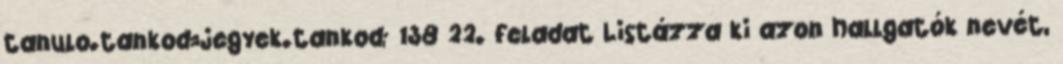
tanulo.tankod=jegyek.tankod; 138 22. feladat Listázza ki azon hallgatók nevét,